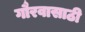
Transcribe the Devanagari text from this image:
गौरवासाठी